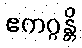
ဧကဂ္ဂန္တိ